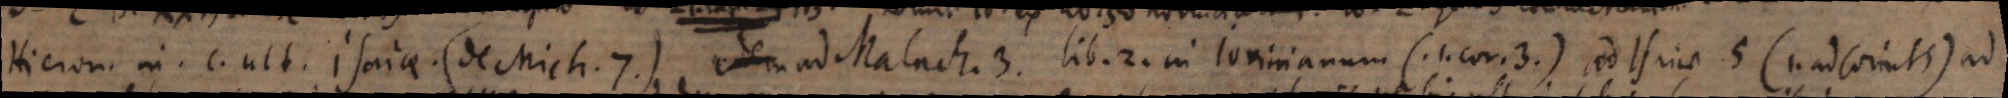
Hieron. in c. ult. Isaiae (de Mich. 7.), ad Malach. 3. lib. 2. in Jovinianum (1. Cor. 3.), ad Isaiae 5 (1. ad Corinth.) ad